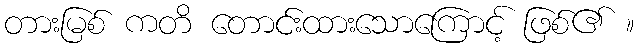
တားမြစ် ကတိ တောင်းထားသောကြောင့် ဖြစ်၏ ။